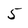
Character: 5